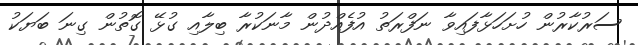
ސަރުކާރުން ހުށަހަޅާފައިވާ ނަފްރަތު އުފެއްދުން މާނަކުރާ ބިލާއި ގުޅޭ ގޮތުން ގިނަ ބަޔަކު